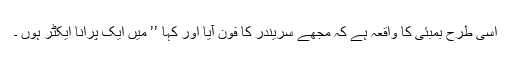
اسی طرح بمبئی کا واقعہ ہے کہ مجھے سریندر کا فون آیا اور کہا ’’ میں ایک پرانا ایکٹر ہوں ۔